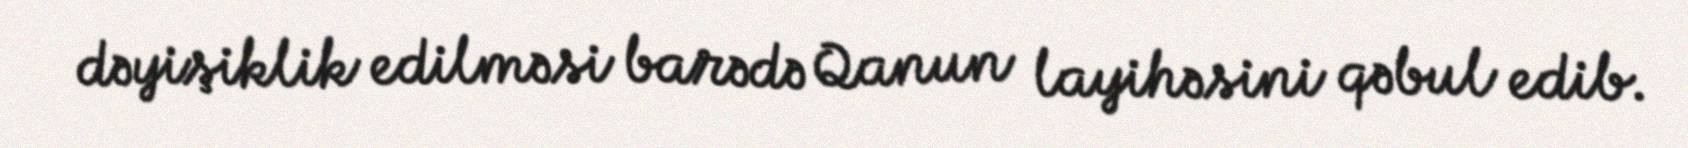
dəyişiklik edilməsi barədə Qanun layihəsini qəbul edib.